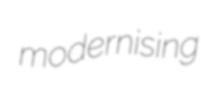
modernising